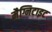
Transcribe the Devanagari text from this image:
मैग्निटाइट